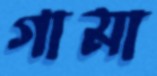
গামা